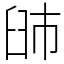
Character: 䑔